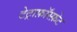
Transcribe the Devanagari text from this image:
टेट्राफ़ॉस्फ़ेट